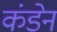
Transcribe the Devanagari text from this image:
कंडेन